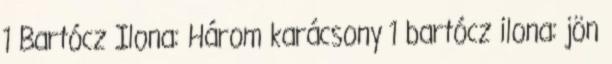
1 Bartócz Ilona: Három karácsony 1 bartócz ilona: jön